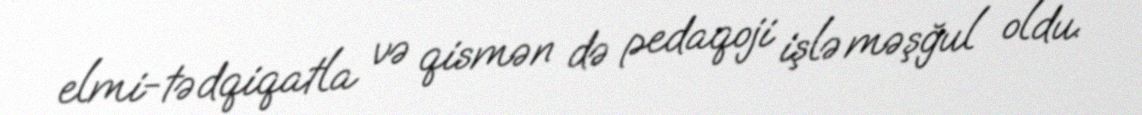
elmi-tədqiqatla və qismən də pedaqoji işlə məşğul oldu.